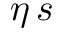
\eta \, s